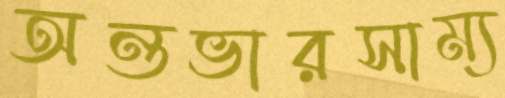
অন্তভারসাম্য